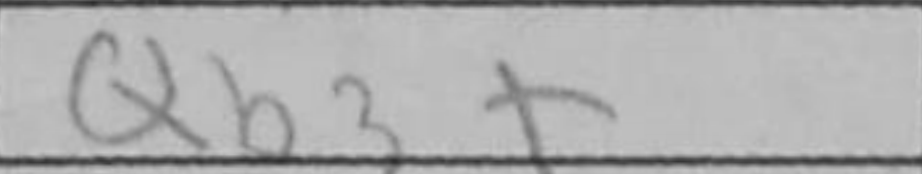
Transcription: Qb3+